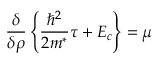
\frac { \delta } { \delta \rho } \left\{ \frac { \hbar ^ { 2 } } { 2 m ^ { * } } \tau + { \cal E } _ { c } \right\} = \mu